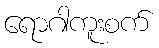
ရောဂါကူးစက်